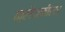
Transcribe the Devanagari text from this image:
क्लेनफील्ड